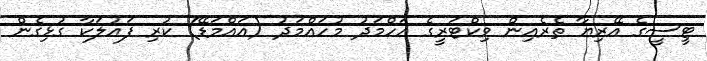
ޓީސީގެ އޭރިޔާ ތެރެއިން ވިކްޓަރީގެ އަހްމަދު މުހައްމަދު (އައްމަޑޭ) ކުރި ފައުލަކާ ގުޅިގެން